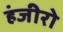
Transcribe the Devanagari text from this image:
हंजीरो